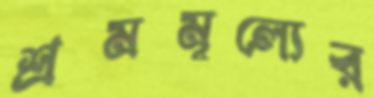
শ্রমমূল্যের